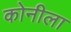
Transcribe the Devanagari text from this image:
कोनीला